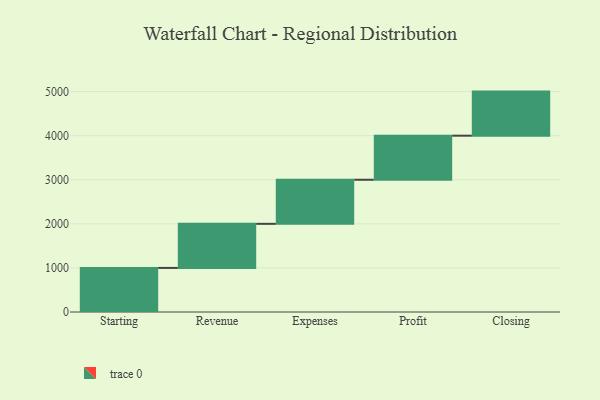
{"axis": {"x": "Step", "y": "Value"}, "legend": [""], "data": [{"x": "Starting", "y": 1000, "type": ""}, {"x": "Revenue", "y": 1000, "type": ""}, {"x": "Expenses", "y": 1000, "type": ""}, {"x": "Profit", "y": 1000, "type": ""}, {"x": "Closing", "y": 1000, "type": ""}]}